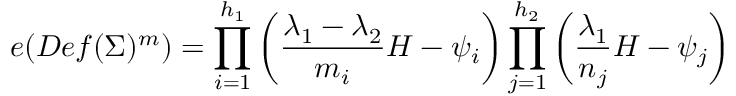
e ( D e f ( \Sigma ) ^ { m } ) = \prod _ { i = 1 } ^ { h _ { 1 } } \left( { \frac { \lambda _ { 1 } - \lambda _ { 2 } } { m _ { i } } } H - \psi _ { i } \right) \prod _ { j = 1 } ^ { h _ { 2 } } \left( { \frac { \lambda _ { 1 } } { n _ { j } } } H - \psi _ { j } \right)